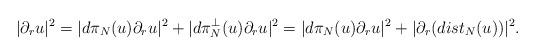
LaTeX: \begin{align*} |\partial_ru|^2=|d\pi_N(u)\partial_ru|^2+|d\pi^{\perp}_N(u)\partial_ru|^2 =|d\pi_N(u)\partial_ru|^2+|\partial_r(dist_N(u))|^2.\end{align*}